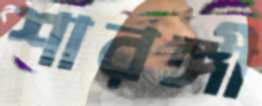
শারঙ্গী